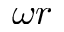
\omega r